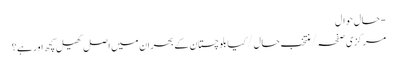
- حال حوال
مرکزی صفحہ / منتخب حال / کیا بلوچستان کے بحران میں اصل کھیل کچھ اور ہے؟